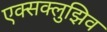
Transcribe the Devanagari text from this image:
एक्सक्लुझिव